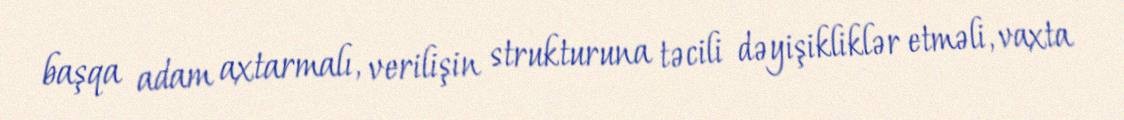
başqa adam axtarmalı, verilişin strukturuna təcili dəyişikliklər etməli, vaxta